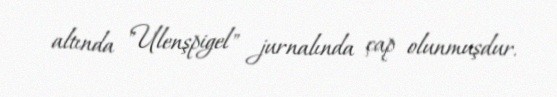
altında "Ulenşpigel" jurnalında çap olunmuşdur.